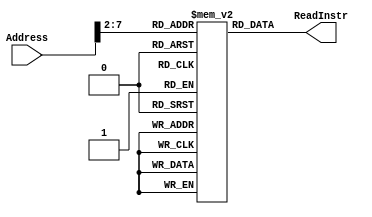
`timescale 1ns / 1ps
//////////////////////////////////////////////////////////////////////////////////
// Company: 
// Engineer: 
// 
// Design Name: 
// Module Name: InstrMemory
// Project Name: 
// Target Devices: 
// Tool Versions: 
// Description: 
// 
// Dependencies: 
// 
// Revision:
// Revision 0.01 - File Created
// Additional Comments:
// 
//////////////////////////////////////////////////////////////////////////////////


module InstrMemory(
    input [31:0] Address,
    output [31:0] ReadInstr
    );
    reg [31:0] MemFile[0:63];
    reg [31:0] rd;
    always @ (Address)
        begin
           rd = MemFile[Address>>2];
        end
        
    assign ReadInstr = rd;
    
endmodule